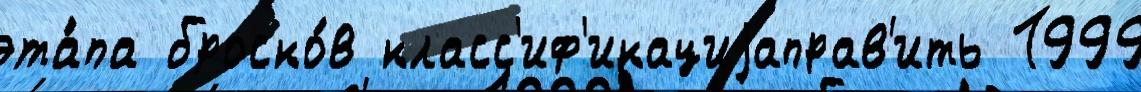
эта́па броско́в класс'иф'икациjаправ'ить 1999